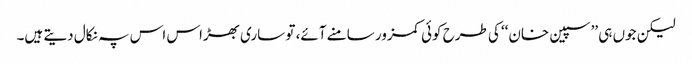
لیکن جوں ہی ’’سپین خان‘‘ کی طرح کوئی کمزور سامنے آئے، تو ساری بھڑاس اس پہ نکال دیتے ہیں۔